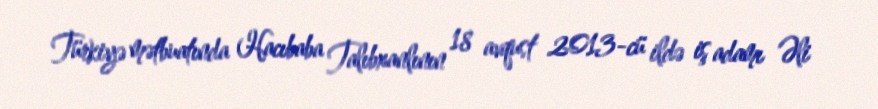
Türkiyə mətbuatında Hacıbaba Talıbxanlının 18 avqust 2013-cü ildə iş adamı Əli